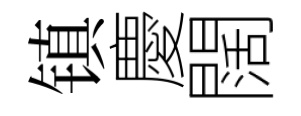
镇慶闊